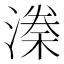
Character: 𣼃